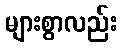
များစွာလည်း